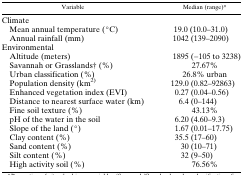
<table><thead><tr><td><b>Variable</b></td><td><b>Median (range)*</b></td></tr></thead><tbody><tr><td colspan="2">Climate</td></tr><tr><td> Mean annual temperature (°C)</td><td>19.0 (10.0–31.0)</td></tr><tr><td> Annual rainfall (mm)</td><td>1042 (139–2090)</td></tr><tr><td colspan="2">Environmental</td></tr><tr><td> Altitude (meters)</td><td>1895 (−105 to 3238)</td></tr><tr><td> Savannah or Grasslands† (%)</td><td>27.67%</td></tr><tr><td> Urban classification (%)</td><td>26.8% urban</td></tr><tr><td> Population density (km<sup>2)</sup></td><td>129.0 (0.82–92863)</td></tr><tr><td> Enhanced vegetation index (EVI)</td><td>0.27 (0.04–0.56)</td></tr><tr><td> Distance to nearest surface water (km)</td><td>6.4 (0–144)</td></tr><tr><td> Fine soil texture (%)</td><td>43.13%</td></tr><tr><td> pH of the water in the soil</td><td>6.20 (4.60–9.3)</td></tr><tr><td> Slope of the land (°)</td><td>1.67 (0.01–17.75)</td></tr><tr><td> Clay content (%)</td><td>35.5 (17–60)</td></tr><tr><td> Sand content (%)</td><td>30 (10–71)</td></tr><tr><td> Silt content (%)</td><td>32 (9–50)</td></tr><tr><td> High activity soil (%)</td><td>76.56%</td></tr></tbody></table>